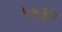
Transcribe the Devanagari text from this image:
५५३०